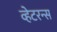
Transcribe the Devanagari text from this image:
व्हेटरन्स